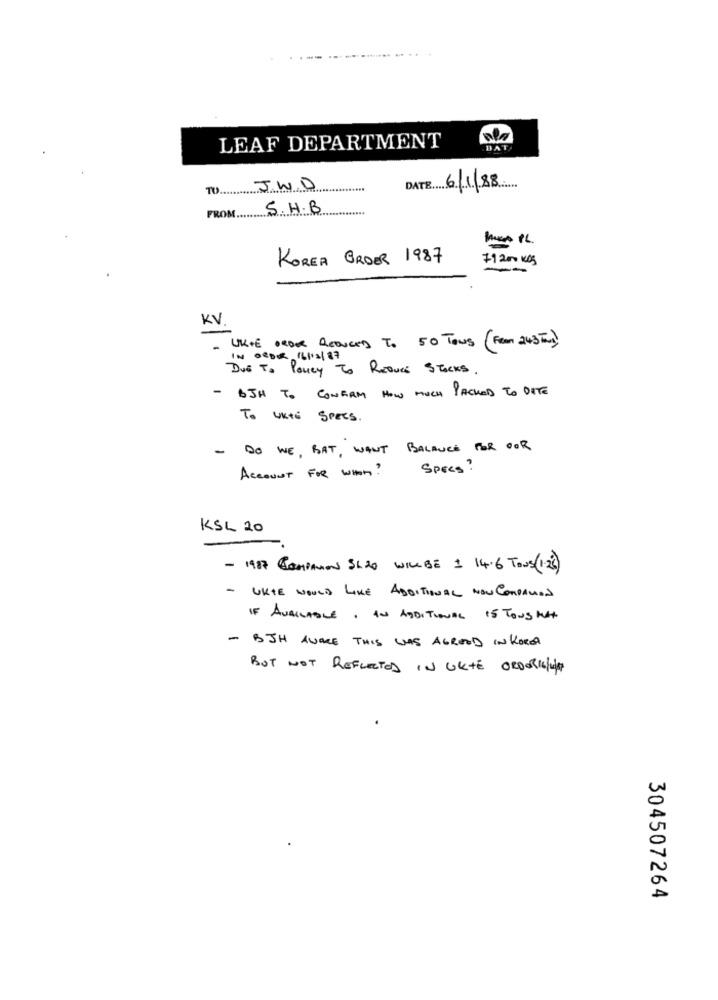
LEAF DEPARTMENT
TO ..
J.W.D
DATE 6/1/8.
S. H.B.
FROM
KOREA BROER 1987
71200 kg
KV
UK+E ORDER REDUCED To 50 TOUS (FROM 243 Tm)
IN ORDER 16/12/87
Due To Poury To Reduce Stocks.
- BJH TO CONFIRM HOW MUCH PACKED TO DATE
TO WRITE SPECS .
- DO WE , BAT , WANT BALANCE FOR OOR
Account FOR WHOM?
Specs?
KSL 20
- 1987 COMPANION SL20 WILLBE 1 14.6 TOUS(125)
- UKTE WOULD LIKE ADDITIONAL NOW COMPANION
IF AVAILABLE . AN ADDITIONAL IS TOUS MAT
- BJH AVARE THIS WAS AGREED IN KOREA
BUT NOT REFLECTED IN UKTE ORDORIGIN
304507264